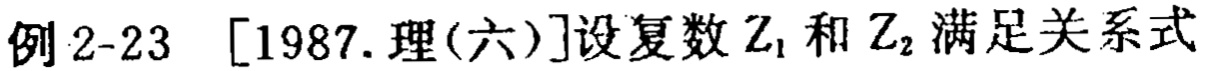
例 2-23 [1987.理(六)]设复数\(Z_1\)和\(Z_2\)满足关系式